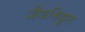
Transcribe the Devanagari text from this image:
जैवविद्युत